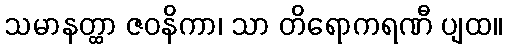
သမာနတ္ထာ ဇဝနိကာ၊ သာ တိရောကရဏီ ပျထ။